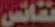
نفائس